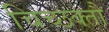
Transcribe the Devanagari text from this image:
चिच्छक्तौ